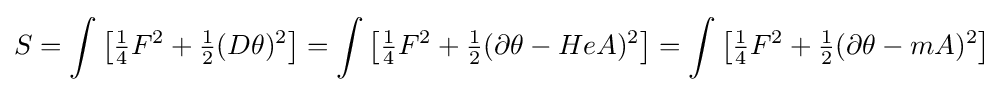
S=\int {\bigl [}{\tfrac {1}{4}}F^{2}+{\tfrac {1}{2}}(D\theta )^{2}{\bigr ]}=\int {\bigl [}{\tfrac {1}{4}}F^{2}+{\tfrac {1}{2}}(\partial \theta -HeA)^{2}{\bigr ]}=\int {\bigl [}{\tfrac {1}{4}}F^{2}+{\tfrac {1}{2}}(\partial \theta -mA)^{2}{\bigr ]}